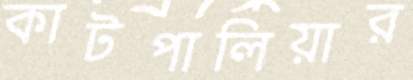
কাটপালিয়ার